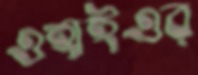
ওহাইওর